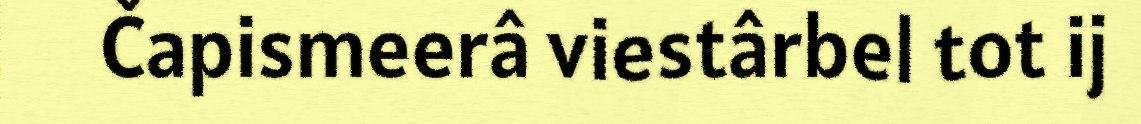
Čapismeerâ viestârbel tot ij